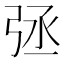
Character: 𢏞